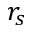
r _ { s }